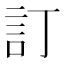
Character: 訂